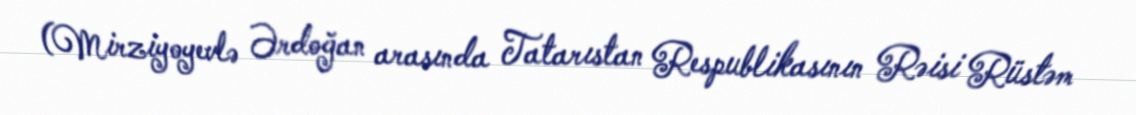
(Mirziyoyevlə Ərdoğan arasında Tatarıstan Respublikasının Rəisi Rüstəm